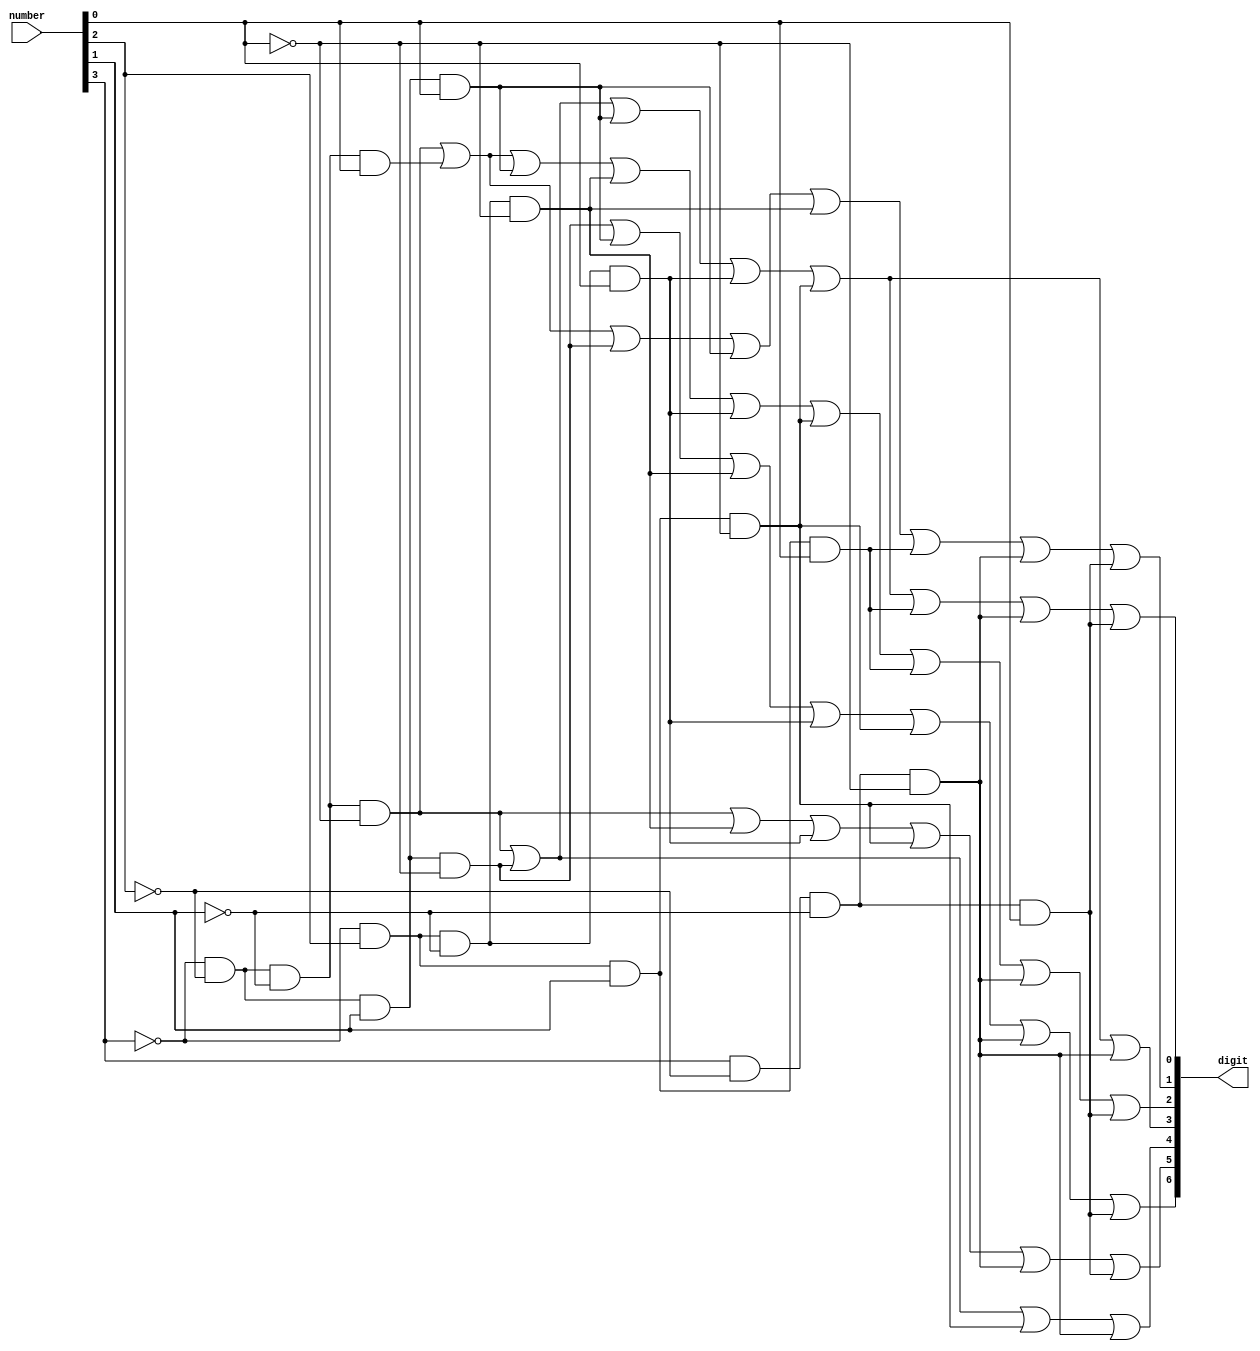
module BCD (
    input wire [3:0] number,
    output wire [6:0] digit
  );

  assign digit[0] =  (~number[3]&~number[2]&~number[1]&~number[0])  // 0
                  |  (~number[3]&~number[2]&number[1]&~number[0])  // 2
                  |  (~number[3]&~number[2]&number[1]&number[0])  // 3
                  |  (~number[3]&number[2]&~number[1]&number[0])  // 5
                  |  (~number[3]&number[2]&number[1]&~number[0])  // 6
                  |  (~number[3]&number[2]&number[1]&number[0])  // 7
                  |  (number[3]&~number[2]&~number[1]&~number[0])  // 8
                  |  (number[3]&~number[2]&~number[1]&number[0]); // 9
  
  assign digit[1] =  (~number[3]&~number[2]&~number[1]&~number[0])  // 0
                  |  (~number[3]&~number[2]&~number[1]&number[0])  // 1
                  |  (~number[3]&~number[2]&number[1]&~number[0])  // 2
                  |  (~number[3]&~number[2]&number[1]&number[0])  // 3
                  |  (~number[3]&number[2]&~number[1]&~number[0])  // 4
                  |  (~number[3]&number[2]&number[1]&number[0])  // 7
                  |  (number[3]&~number[2]&~number[1]&~number[0])  // 8
                  |  (number[3]&~number[2]&~number[1]&number[0]); // 9
  
  assign digit[2] =  (~number[3]&~number[2]&~number[1]&~number[0])  // 0
                  |  (~number[3]&~number[2]&~number[1]&number[0])  // 1
                  |  (~number[3]&~number[2]&number[1]&number[0])  // 3
                  |  (~number[3]&number[2]&~number[1]&~number[0])  // 4
                  |  (~number[3]&number[2]&~number[1]&number[0])  // 5
                  |  (~number[3]&number[2]&number[1]&~number[0])  // 6
                  |  (~number[3]&number[2]&number[1]&number[0])  // 7
                  |  (number[3]&~number[2]&~number[1]&~number[0])  // 8
                  |  (number[3]&~number[2]&~number[1]&number[0]); // 9
  
  assign digit[3] =  (~number[3]&~number[2]&~number[1]&~number[0])  // 0
                  |  (~number[3]&~number[2]&number[1]&~number[0])  // 2
                  |  (~number[3]&~number[2]&number[1]&number[0])  // 3
                  |  (~number[3]&number[2]&~number[1]&number[0])  // 5
                  |  (~number[3]&number[2]&number[1]&~number[0])  // 6
                  |  (number[3]&~number[2]&~number[1]&~number[0]);  // 8
  
  assign digit[4] =  (~number[3]&~number[2]&~number[1]&~number[0])  // 0
                  |  (~number[3]&~number[2]&number[1]&~number[0])  // 2
                  |  (~number[3]&number[2]&number[1]&~number[0])  // 6
                  |  (number[3]&~number[2]&~number[1]&~number[0]);  // 8
  
  assign digit[5] =  (~number[3]&~number[2]&~number[1]&~number[0])  // 0
                  |  (~number[3]&number[2]&~number[1]&~number[0])  // 4
                  |  (~number[3]&number[2]&~number[1]&number[0])  // 5
                  |  (~number[3]&number[2]&number[1]&~number[0])  // 6
                  |  (number[3]&~number[2]&~number[1]&~number[0])  // 8
                  |  (number[3]&~number[2]&~number[1]&number[0]); // 9

  assign digit[6] =  (~number[3]&~number[2]&number[1]&~number[0])  // 2
                  |  (~number[3]&~number[2]&number[1]&number[0])  // 3
                  |  (~number[3]&number[2]&~number[1]&~number[0])  // 4
                  |  (~number[3]&number[2]&~number[1]&number[0])  // 5
                  |  (~number[3]&number[2]&number[1]&~number[0])  // 6
                  |  (number[3]&~number[2]&~number[1]&~number[0])  // 8
                  |  (number[3]&~number[2]&~number[1]&number[0]); // 9
  
endmodule